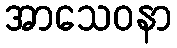
အာသေဝနာ